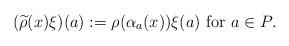
LaTeX: \begin{align*} (\widetilde{\rho}(x)\xi)(a):=\rho(\alpha_{a}(x))\xi(a) \textrm{ for $a \in P$}. \end{align*}